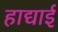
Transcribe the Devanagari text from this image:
हाद्याई